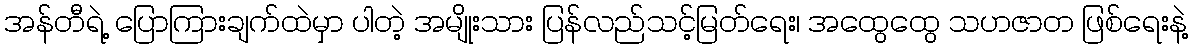
အန်တီရဲ့ ပြောကြားချက်ထဲမှာ ပါတဲ့ အမျိုးသား ပြန်လည်သင့်မြတ်ရေး၊ အထွေထွေ သဟဇာတ ဖြစ်ရေးနဲ့